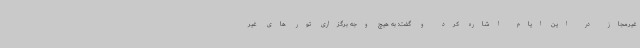
غیرمجاز در این ایام اشاره کرد و گفت: به هیچ وجه برگزاری تور های غیر